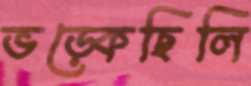
ভড়্‌কেছিলি